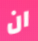
ان